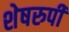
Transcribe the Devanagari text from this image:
शेषरुपी